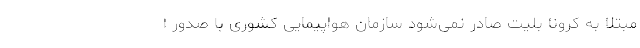
مبتلا به کرونا بلیت صادر نمی‌شود سازمان هواپیمایی کشوری با صدور ا